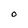
Character: O